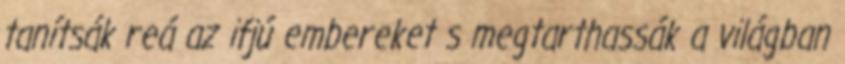
tanítsák reá az ifjú embereket s megtarthassák a világban